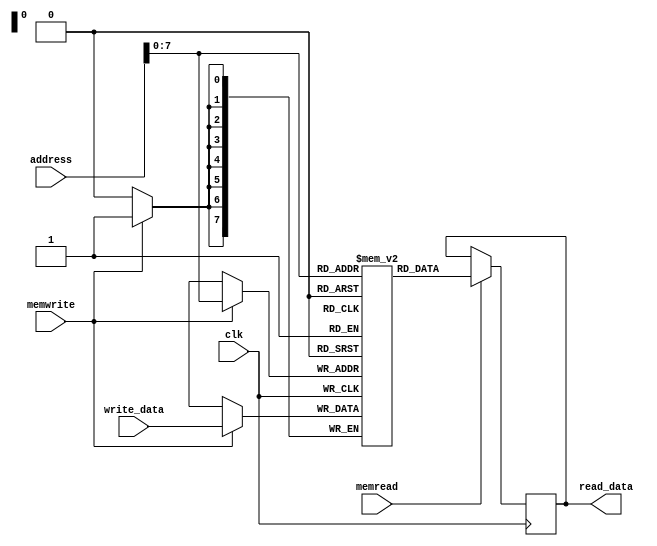
//taken from https://stackoverflow.com/questions/36879351/data-memory-unit
//when loop runs for 65536 times the time taken is considerable. test using something smaller => 256

module Data_Memory (
input wire [15:0] address,          // Memory addressess - 16 bit
input wire [7:0] write_data,    // Memory addressess Contents
input wire memwrite, 
input wire memread,
input wire clk,                  // All synchronous elements, including memories, should have a clock signal
output reg [7:0] read_data      // Output of Memory addressess Contents
);

reg [7:0] MEMORY[0:255];  // 256 words of 8-bit memory - 8 bit word size and 256 array size = 256 bytes of memory //65535 instead of 255

integer i;

initial begin   // initialize all memory cells to 0
  read_data <= 0;
  for (i = 0; i < 256; i = i + 1) begin  //65536 instead of 256
    MEMORY[i] = 0;
  end
end

// Using @(address) will lead to unexpected behavior as memories are synchronous elements like registers
always @(posedge clk) begin
  if (memwrite == 1'b1) begin
    MEMORY[address] <= write_data;
  end
  // Use memread to indicate a valid addressess is on the line and read the memory into a register at that addressess when memread is asserted
  if (memread == 1'b1) begin
    read_data <= MEMORY[address];
  end
end

endmodule